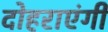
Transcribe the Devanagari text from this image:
दोहराएंगी